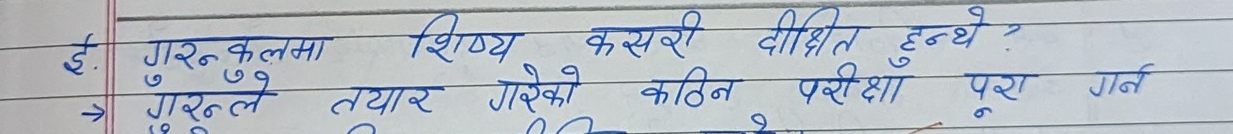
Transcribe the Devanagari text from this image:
ई. गरन्कलमा
→
शिष्य कसरी दीक्षित हुन्थे ?
गरन्ले तयार गरेको कठिन परीक्षा पूरा
गर्न